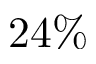
2 4 \%